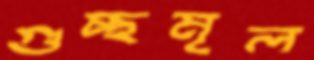
গুচ্ছমূল